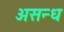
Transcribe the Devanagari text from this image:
असन्ध